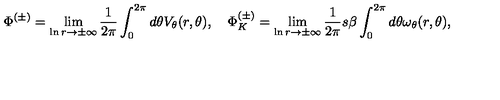
\Phi ^ { ( \pm ) } = \lim _ { \ln r \rightarrow \pm \infty } \frac { 1 } { 2 \pi } \int _ { 0 } ^ { 2 \pi } d \theta V _ { \theta } ( r , \theta ) , \quad \Phi _ { K } ^ { ( \pm ) } = \lim _ { \ln r \rightarrow \pm \infty } \frac { 1 } { 2 \pi } s \beta \int _ { 0 } ^ { 2 \pi } d \theta \omega _ { \theta } ( r , \theta ) ,